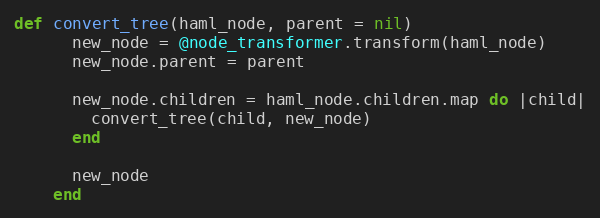
Language: Ruby
def convert_tree(haml_node, parent = nil)
      new_node = @node_transformer.transform(haml_node)
      new_node.parent = parent

      new_node.children = haml_node.children.map do |child|
        convert_tree(child, new_node)
      end

      new_node
    end